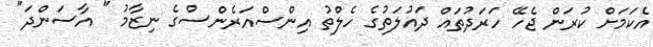
އެކަމަށް ކުރަން ޖެހޭ ހަރަދުތައް ދައުލަތުގެ ހެލްތު އިންސްއަރެންސްގެ ނިޒާމު " އާސަންދަ"